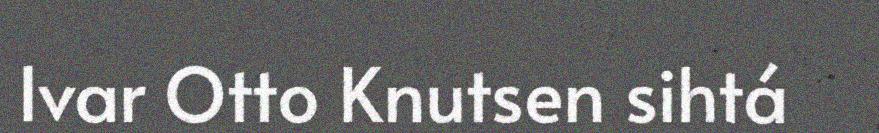
Ivar Otto Knutsen sihtá